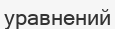
уравнений